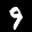
Label: 9